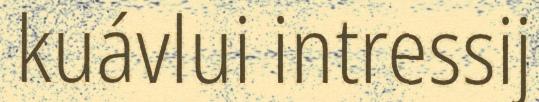
kuávlui intressij